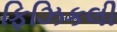
ફિઝિકલી